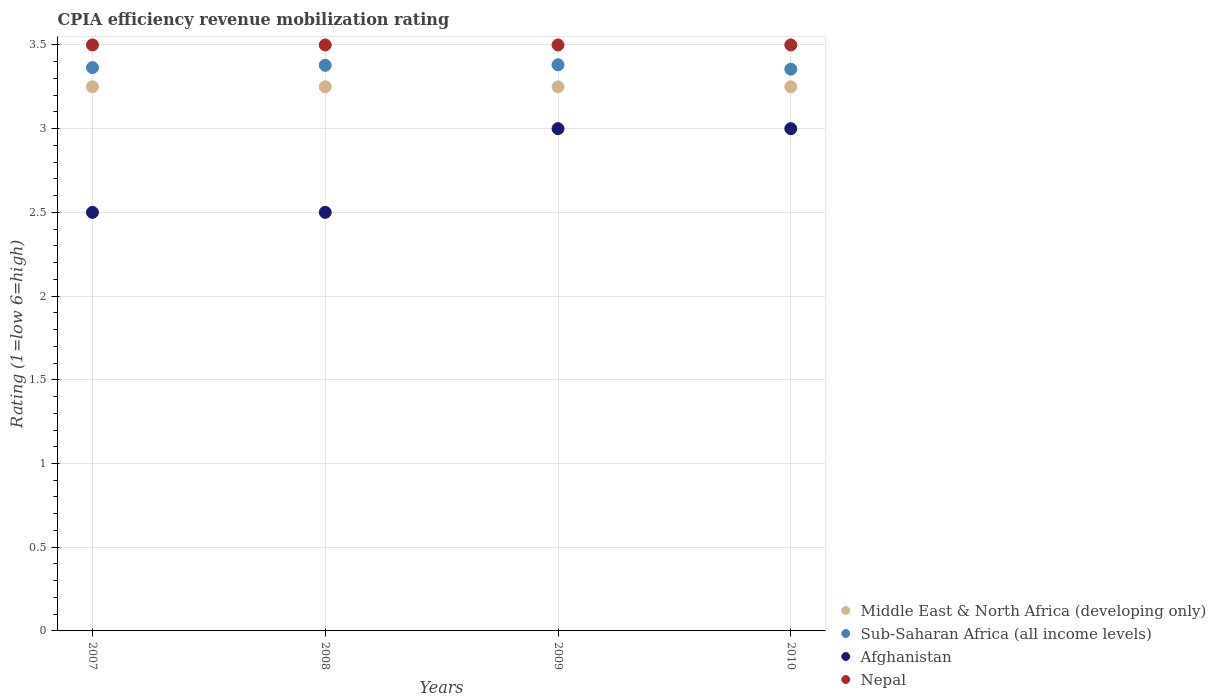
| Years | Middle East & North Africa (developing only) | Sub-Saharan Africa (all income levels) | Afghanistan | Nepal |
 | --- | --- | --- | --- | --- |
 | 2007 | 3.25 | 3.36 | 2.5 | 3.5 |
 | 2008 | 3.25 | 3.38 | 2.5 | 3.5 |
 | 2009 | 3.25 | 3.38 | 3 | 3.5 |
 | 2010 | 3.25 | 3.36 | 3 | 3.5 |